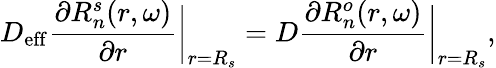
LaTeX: D_{\mathrm{eff}}\frac{\partial R_{n}^{s}(r,\omega)}{\partial r}\bigg|_{r=R_{s}}=D\frac{\partial R_{n}^{o}(r,\omega)}{\partial r}\bigg|_{r=R_{s}},